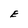
Character: E